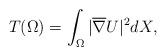
LaTeX: \begin{align*}T(\Omega)=\int_{\Omega}|\overline{\nabla} U|^2dX,\end{align*}